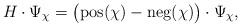
LaTeX: \begin{align*}H \cdot \Psi_\chi = \big( \mathrm{pos}(\chi) - \mathrm{neg}(\chi) \big) \cdot \Psi_\chi,\end{align*}